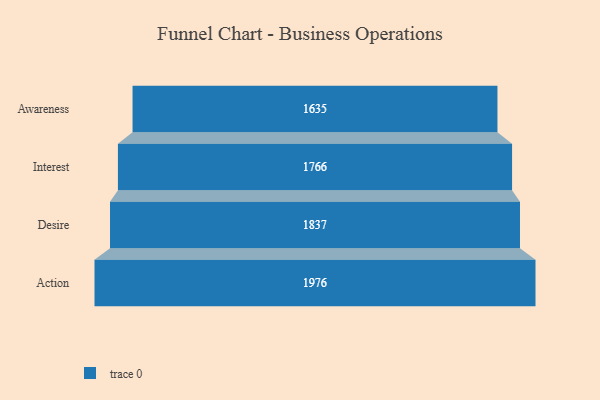
{"axis": {"x": "Stage", "y": "Value"}, "legend": [""], "data": [{"x": "Awareness", "y": 1635.0, "type": ""}, {"x": "Interest", "y": 1766.0, "type": ""}, {"x": "Desire", "y": 1837.0, "type": ""}, {"x": "Action", "y": 1976.0, "type": ""}]}